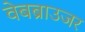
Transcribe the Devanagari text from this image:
वेबब्राउजर